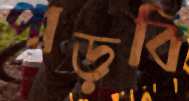
পাড়বি